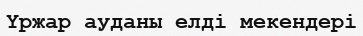
Үржар ауданы елді мекендері